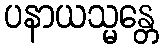
ပနာယသ္မန္တေ